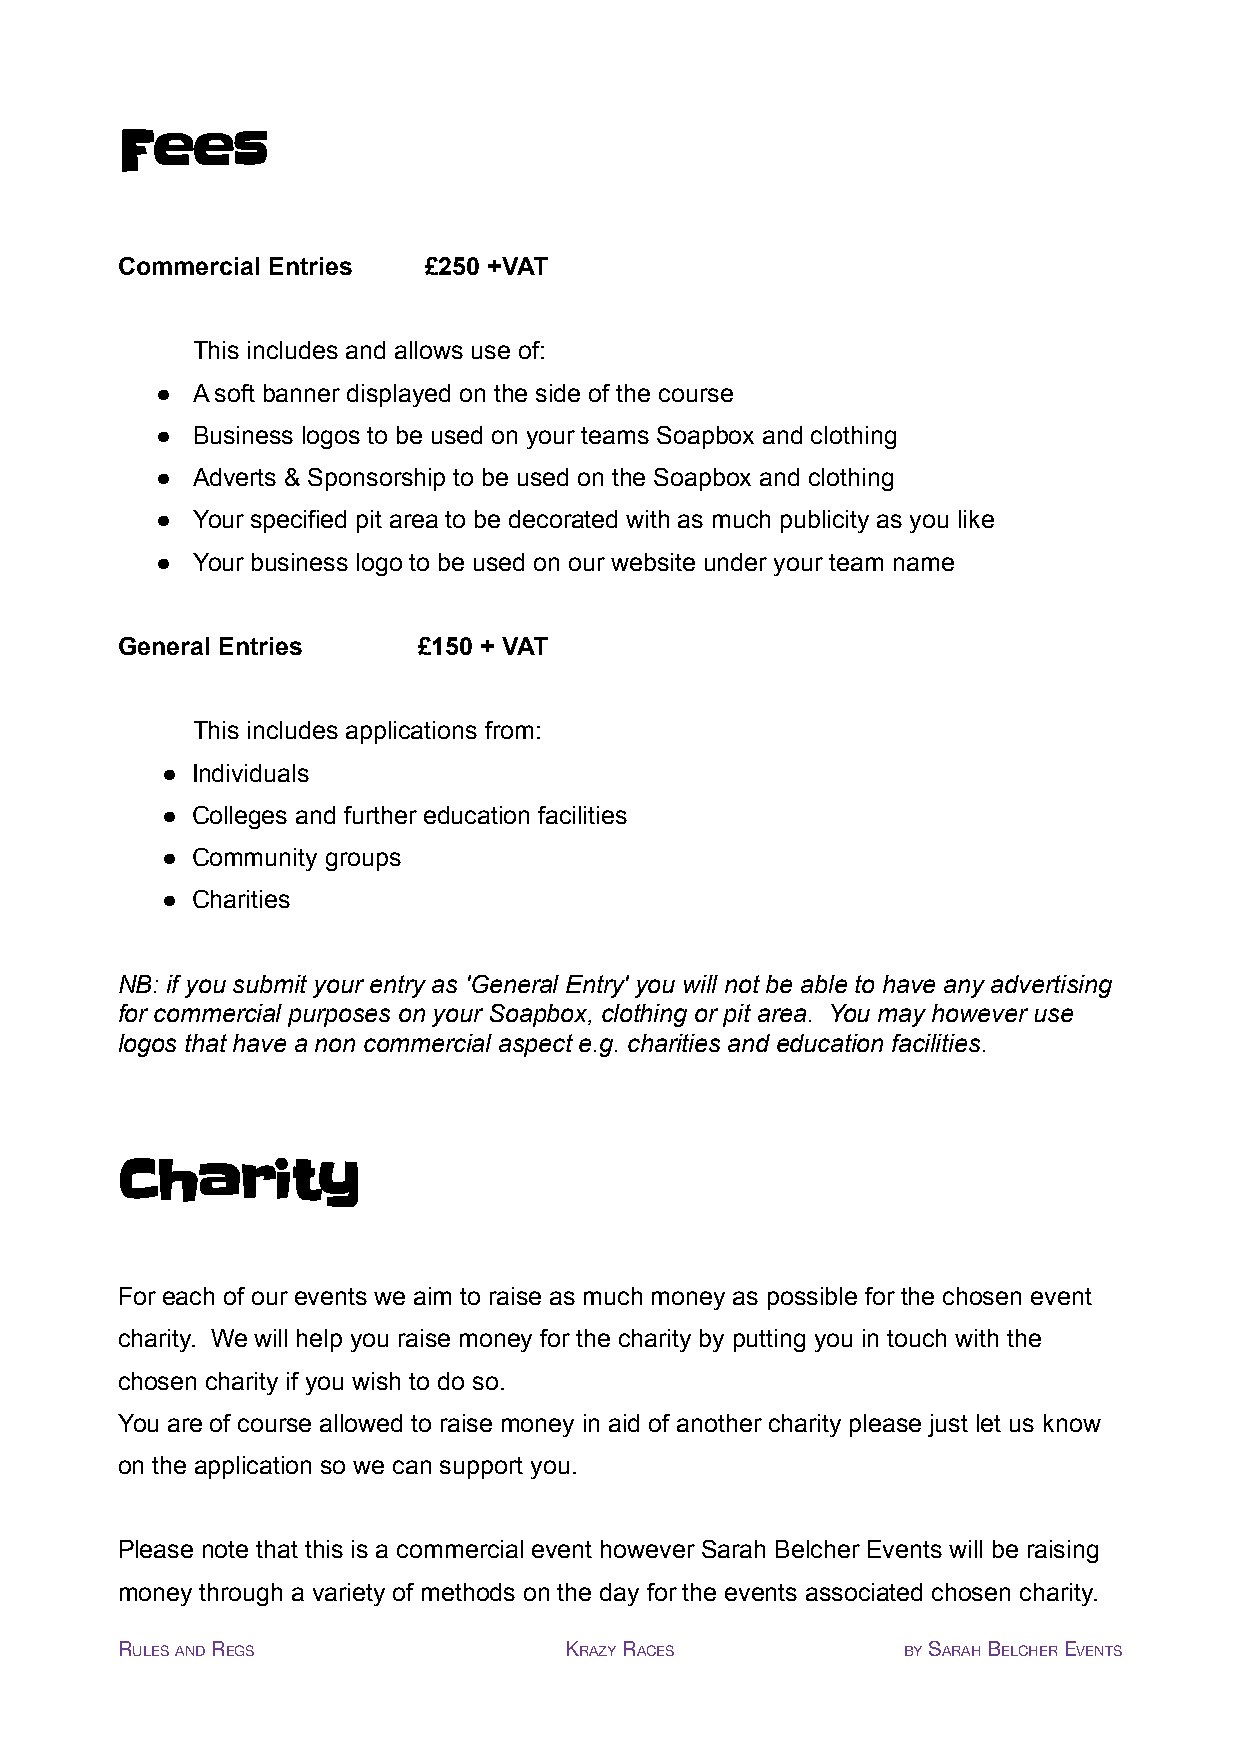
Fees
 Commercial Entries  £250 +VAT
 This includes and allows use of:
 ●  A soft banner displayed on the side of the course
 ●  Business logos to be used on your teams Soapbox and clothing
 ●  Adverts & Sponsorship to be used on the Soapbox and clothing
 ●  Your specified pit area to be decorated with as much publicity as you like
 ●  Your business logo to be used on our website under your team name
 General Entries     £150 + VAT
 This includes applications from:
 ● Individuals
 ● Colleges and further education facilities
 ● Community groups
 ● Charities
 NB: if you submit your entry as 'General Entry' you will not be able to have any advertising
 for commercial purposes on your Soapbox, clothing or pit area. You may however use
 logos that have a non commercial aspect e.g. charities and education facilities.
 Charity
 For each of our events we aim to raise as much money as possible for the chosen event
 charity. We will help you raise money for the charity by putting you in touch with the
 chosen charity if you wish to do so.
 You are of course allowed to raise money in aid of another charity please just let us know
 on the application so we can support you.
 Please note that this is a commercial event however Sarah Belcher Events will be raising
 money through a variety of methods on the day for the events associated chosen charity.
 RULESANDREGS                 KRAZYRACES             BYSARAHBELCHEREVENTS